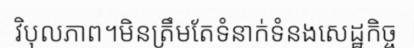
វិបុលភាព។មិនត្រឹមតែទំនាក់ទំនងសេដ្ឋកិច្ច